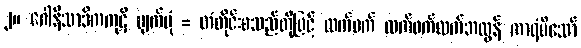
၂။ ဂေါနိသာဒိကကုဋိ ပျက်ပုံ = တံတိုင်းစသည်တို့ဖြင့် ထက်ဝက် ထက်ဝက်ထက်အလွန် ကာရံမိသော်